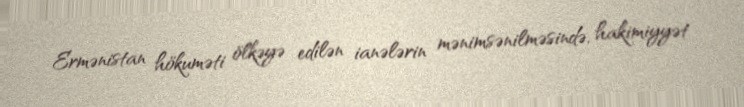
Ermənistan hökuməti ölkəyə edilən ianələrin mənimsənilməsində, hakimiyyət